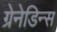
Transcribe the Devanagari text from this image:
ग्रेनेडिन्स